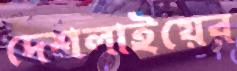
দেশলাইয়ের